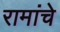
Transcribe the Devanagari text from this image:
रामांचे